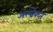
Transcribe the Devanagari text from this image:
अल्ब्रेख्त